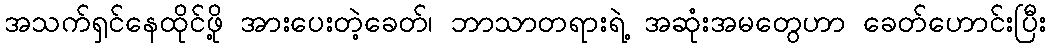
အသက်ရှင်နေထိုင်ဖို့ အားပေးတဲ့ခေတ်၊ ဘာသာတရားရဲ့ အဆုံးအမတွေဟာ ခေတ်ဟောင်းပြီး